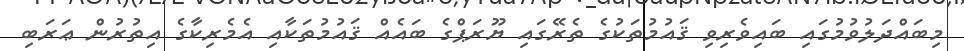
މިބައްދަލުވުމުގައި ބައިވެރިވި ޤައުމުތަކުގެ ތެރޭގައި ޔޫރަޕްގެ ބައެއް ޤައުމުތަކާއި އެމެރިކާގެ އިތުރުން ޢަރަބި